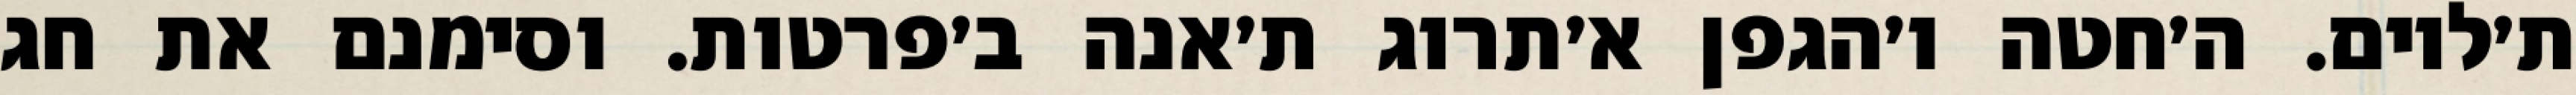
ת׳לוים. ה׳חטה ו׳הגפן א׳תרוג ת׳אנה ב׳פרטות. וסימנם את חג